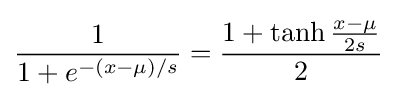
{\frac {1}{1+e^{-(x-\mu )/s}}}={\frac {1+\tanh {\frac {x-\mu }{2s}}}{2}}